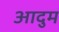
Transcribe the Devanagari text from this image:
आदुम